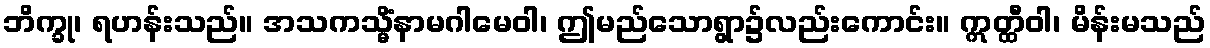
ဘိက္ခု၊ ရဟန်းသည်။ အသကသ္မိံနာမဂါမေဝါ၊ ဤမည်သောရွာ၌လည်းကောင်း။ ဣတ္ထီဝါ၊ မိန်းမသည်